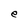
Character: e